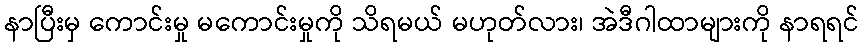
နာပြီးမှ ကောင်းမှု မကောင်းမှုကို သိရမယ် မဟုတ်လား၊ အဲဒီဂါထာများကို နာရရင်